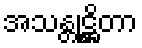
အသန္တုဋ္ဌိတာ